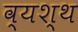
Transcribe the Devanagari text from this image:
व्यश्थ